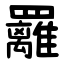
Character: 䍦